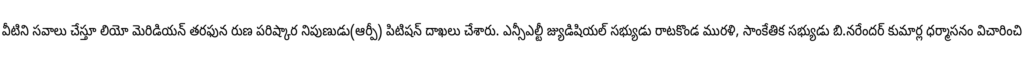
వీటిని సవాలు చేస్తూ లియో మెరిడియన్ తరఫున రుణ పరిష్కార నిపుణుడు(ఆర్పీ) పిటిషన్ దాఖలు చేశారు. ఎన్సీఎల్టీ జ్యుడిషియల్ సభ్యుడు రాటకొండ మురళి, సాంకేతిక సభ్యుడు బి.నరేందర్ కుమార్ల ధర్మాసనం విచారించి